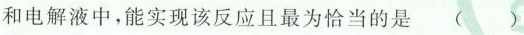
和电解液中，能实现该反应且最为恰当的是 ()